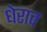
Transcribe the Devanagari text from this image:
धेराव